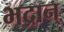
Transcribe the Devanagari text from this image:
भद्रान्